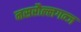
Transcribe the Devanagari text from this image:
नसरौल्लगन्ज